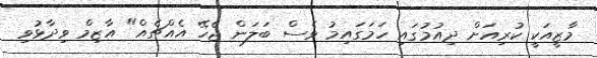
މާޒީއަކީ ކުރިއަށް ދިއުމުގައި ހަމަގައިމު ވެސް ބަލަން ޖެހޭ އެއްޗެއް" އާޒިމް ވިދާޅުވި